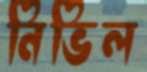
নিভিল